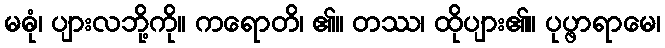
မဓုံ၊ ပျားလဘို့ကို။ ကရောတိ၊ ၏။ တဿ၊ ထိုပျား၏။ ပုပ္ဖာရာမေ၊